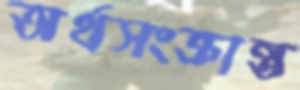
অর্থসংক্রান্ত